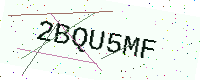
Text: 2BQU5MF